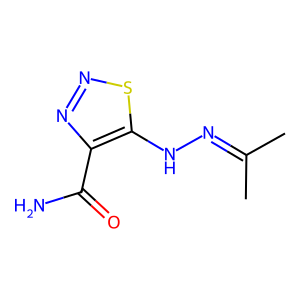
SMILES: CC(C)=NNc1snnc1C(N)=O
Inhibits HIV replication: No